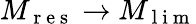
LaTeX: M_{\mathrm{~r~e~s~}}\rightarrow M_{\mathrm{~l~i~m~}}